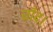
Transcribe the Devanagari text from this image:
चाँद।